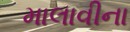
માલાવીના